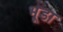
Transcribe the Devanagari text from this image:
भूडा